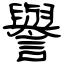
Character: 譽